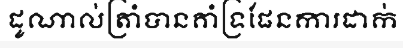
ដូណាល់ត្រាំបានគាំទ្រផែនការដាក់